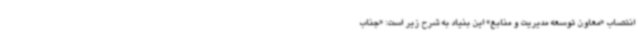
انتصاب «معاون توسعه مدیریت و منابع» این بنیاد به شرح زیر است: «جناب